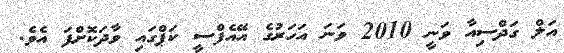
އަލް ގަދްސިއާ ވަނީ 2010 ވަނަ އަހަރުގެ އޭއެފްސީ ކަޕްގައި ވާދަކޮށްފަ އެވެ.